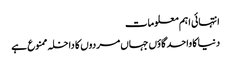
انتہائی اہم معلومات
دنیا کا واحد گاؤں جہاں مردوں کا داخلہ ممنوع ہے